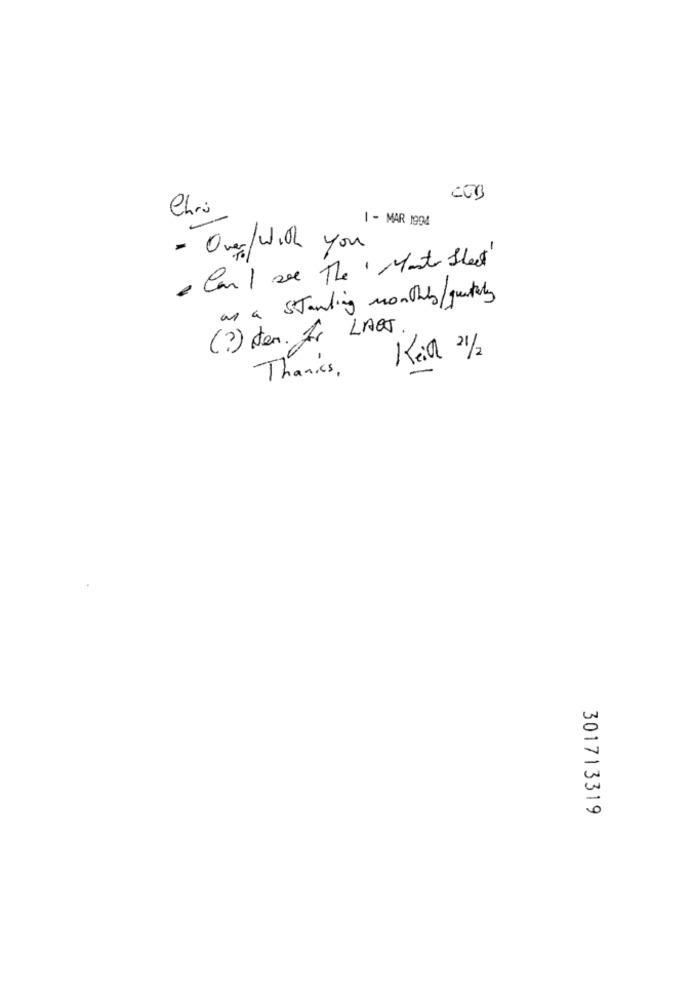
COB
Chris
1 - MAR 1994
- Over/with you
I cant see The "Manto Sheet"
as a standing monthly/ quarterly
(?) tem. Ar LAOT
Keil 21/2
Thanks .
-
301713319